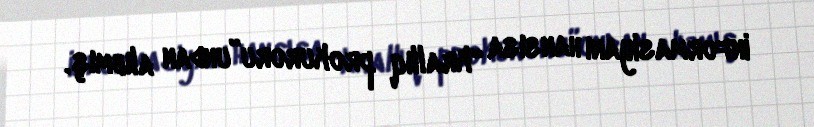
informasiyanı hansısa “krallıq prokuroru”undan alıbmış.